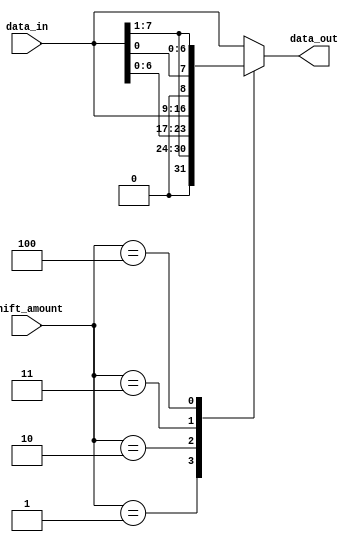
module BarrelShifter(
    input wire [7:0] data_in,
    input wire [2:0] shift_amount,
    output reg [7:0] data_out
);

reg [7:0] temp;

always @(*)
begin
    temp = data_in;
    case(shift_amount)
        3'b000: data_out = data_in; // no shift
        3'b001: data_out = temp >> 1; // shift right by 1
        3'b010: data_out = {temp[6:0], temp[7]}; // rotate right by 1
        3'b011: data_out = temp << 1; // shift left by 1
        3'b100: data_out = {temp[0], temp[7:1]}; // rotate left by 1
        default: data_out = data_in;
    endcase
end

endmodule